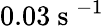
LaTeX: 0.03\mathrm{~s~}^{-1}